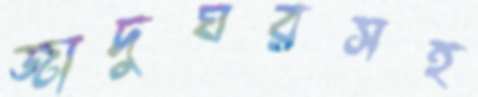
জাদুঘরসহ